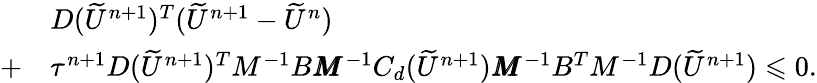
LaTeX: \begin{array}{rl}&{D(\widetilde{U}^{n+1})^{T}(\widetilde{U}^{n+1}-\widetilde{U}^{n})}\\ {+}&{\tau^{n+1}D(\widetilde{U}^{n+1})^{T}M^{-1}B\pmb{M}^{-1}C_{d}(\widetilde{U}^{n+1})\pmb{M}^{-1}B^{T}M^{-1}D(\widetilde{U}^{n+1})\leqslant 0.}\end{array}